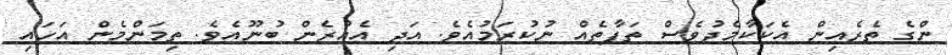
ންގެ ތެރެއިން އެކަކާމެދުވެސް ތަފާތެއް ނުކުރަމުއެވެ. އަދި އެއުރެން ބުނޫއެވެ. ތިމަންމެން އަހައި